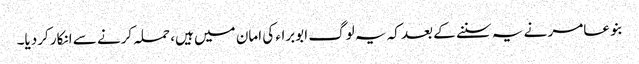
بنو عامر نے یہ سننے کے بعد کہ یہ لوگ ابوبراء کی امان میں ہیں، حملہ کرنے سے انکار کردیا۔